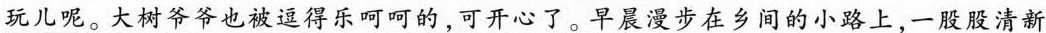
玩儿呢。大树爷爷也被逗得乐呵呵的，可开心了。早晨漫步在乡间的小路上，一股股清新